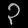
Digit: ၃